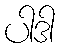
ပါဒါ